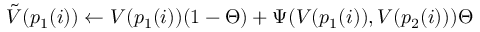
\tilde { V } ( p _ { 1 } ( i ) ) \gets V ( p _ { 1 } ( i ) ) ( 1 - \Theta ) + \Psi ( V ( p _ { 1 } ( i ) ) , V ( p _ { 2 } ( i ) ) ) \Theta